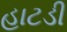
હાટડી